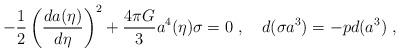
LaTeX: \begin{align*}-{1\over2}\left({d a(\eta)\over d \eta}\right)^2 + {4\pi G\over 3} a^4(\eta)\sigma =0\ ,\quad d(\sigma a^3)=-p d(a^3)\ ,\end{align*}